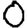
Digit: 0